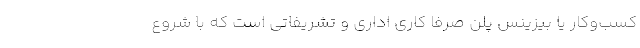
کسب‌وکار یا بیزینس پلن صرفا کاری اداری و تشریفاتی است که با شروع